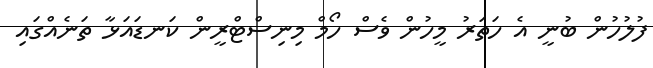
ފުލުހުން ބުނީ އެ ހަތަރު މީހުން ވެސް ހޯމް މިނިސްޓްރީން ކަނޑައަޅާ ތަނެއްގައި